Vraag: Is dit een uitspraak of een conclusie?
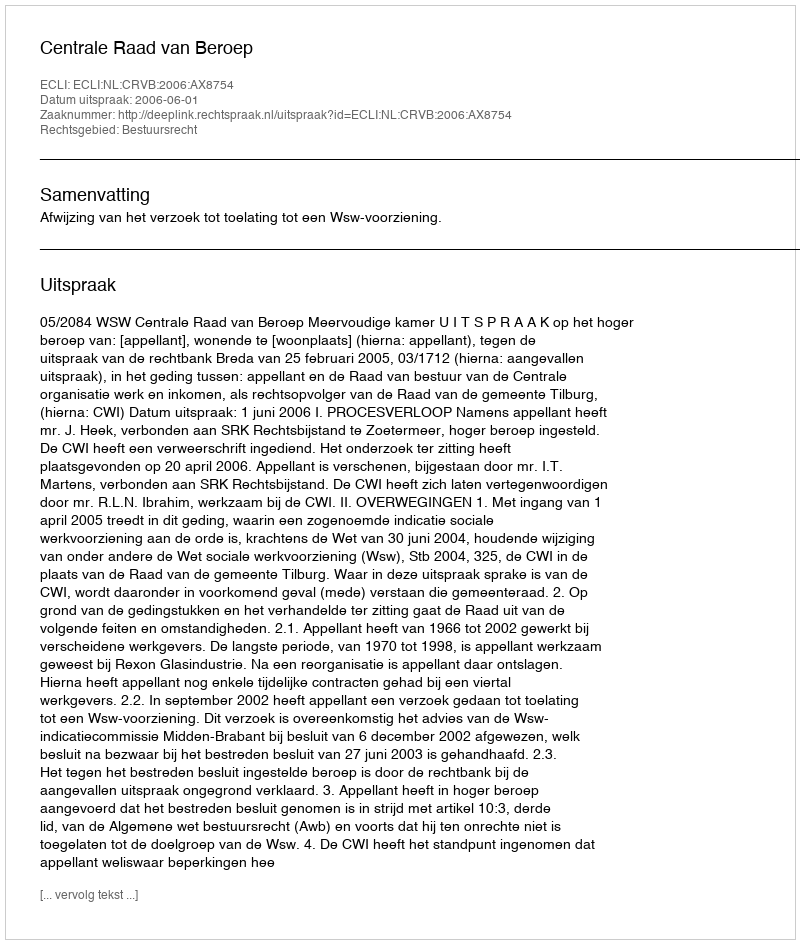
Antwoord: Uitspraak